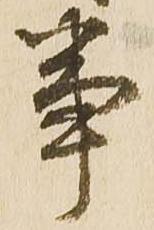
事